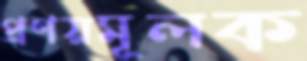
প্রণয়মূলক